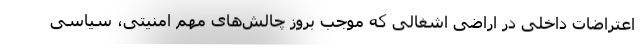
اعتراضات داخلی در اراضی اشغالی که موجب بروز چالش‌های مهم امنیتی، سیاسی